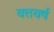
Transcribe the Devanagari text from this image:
वत्तवर्ष